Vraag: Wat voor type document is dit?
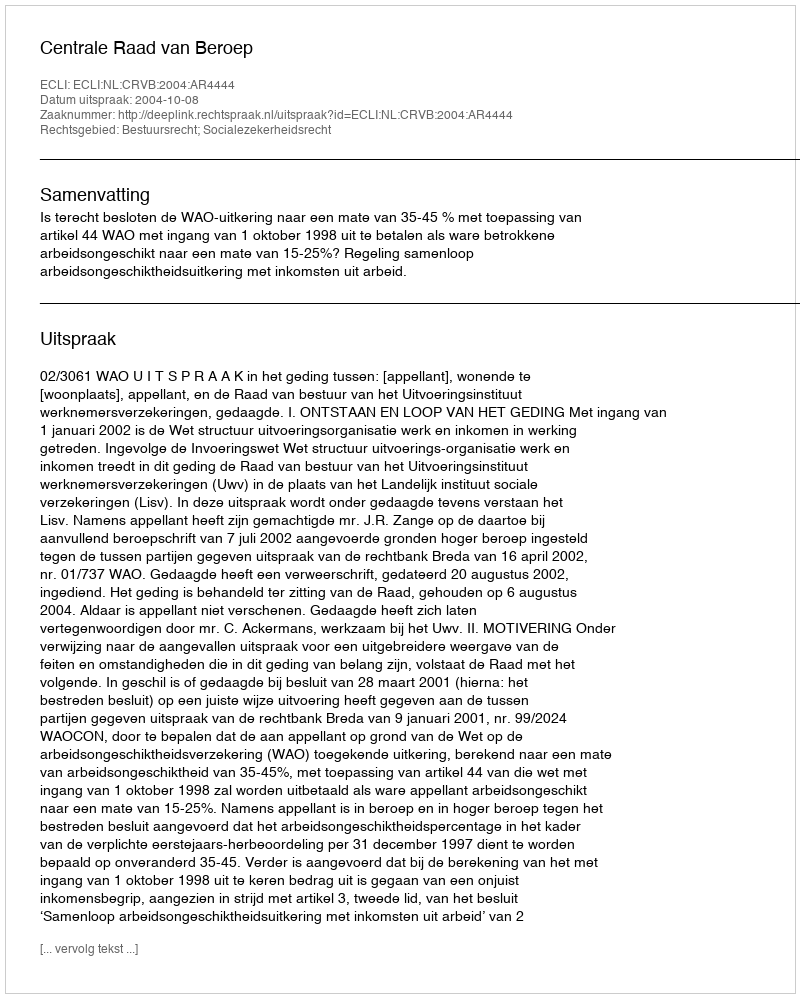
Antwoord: Uitspraak